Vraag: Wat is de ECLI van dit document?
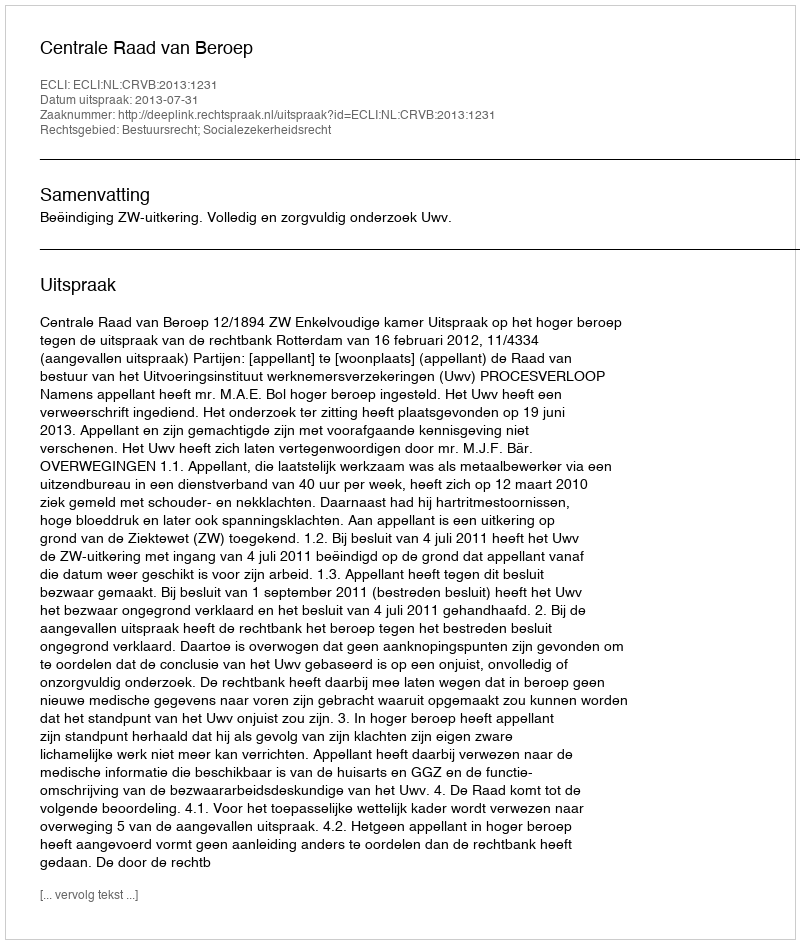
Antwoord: ECLI:NL:CRVB:2013:1231